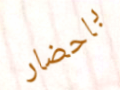
باحضار